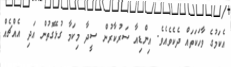
އެކަމުގެ ވާހަކަތައް ދެކެވެއެވެ. އިންޑިއާ ސަރުކާރުން ސީދާ މިކަމާ ގުޅޭގޮތުން އަދި އެއްޗެއް